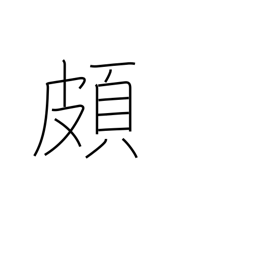
Meaning: prejudiced